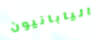
اليابانيون